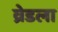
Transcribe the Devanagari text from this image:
व्रेडला